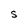
Character: S